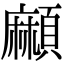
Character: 𩔶